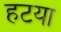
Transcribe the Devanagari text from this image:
हटया